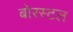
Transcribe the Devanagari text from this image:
बोरस्टल